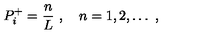
P _ { i } ^ { + } = \frac { n } { L } \ , \quad n = 1 , 2 , \dots \ ,